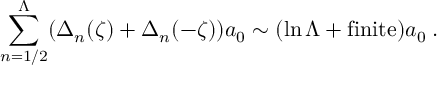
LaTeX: \sum _ { n = 1 / 2 } ^ { \Lambda } ( \Delta _ { n } ( \zeta ) + \Delta _ { n } ( - \zeta ) ) a _ { 0 } \sim ( \ln \Lambda + \mathrm { { f i n i t e } } ) a _ { 0 } \; .